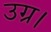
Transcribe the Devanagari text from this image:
उग्र।